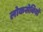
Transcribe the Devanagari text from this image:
लोकसेवियों